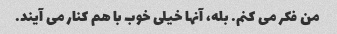
من فکر می کنم. بله، آنها خیلی خوب با هم کنار می آیند.